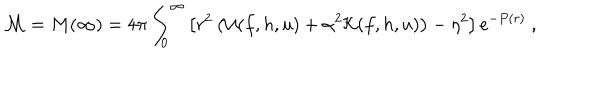
LaTeX: { \cal M } = M ( \infty ) = 4 \pi \int _ { 0 } ^ { \infty } \left[ r ^ { 2 } \left( { \cal U } ( f , h , u ) + \alpha ^ { 2 } { \cal K } ( f , h , u ) \right) - \eta ^ { 2 } \right] e ^ { - P ( r ) } \ ,